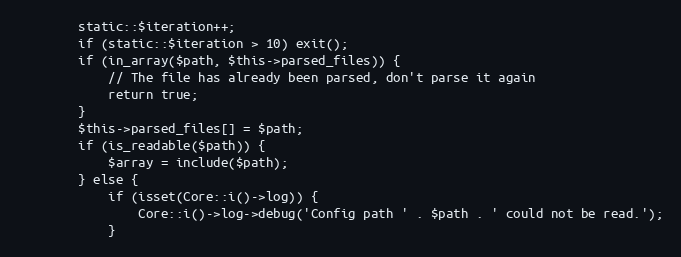
Language: PHP
        static::$iteration++;
        if (static::$iteration > 10) exit();
        if (in_array($path, $this->parsed_files)) {
            // The file has already been parsed, don't parse it again
            return true;
        }
        $this->parsed_files[] = $path;
        if (is_readable($path)) {
            $array = include($path);
        } else {
            if (isset(Core::i()->log)) {
                Core::i()->log->debug('Config path ' . $path . ' could not be read.');
            }